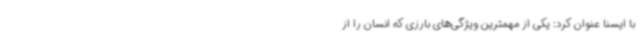
با ایسنا عنوان کرد: یکی از مهمترین ویژگی‌های بارزی که انسان را از